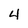
Character: 4